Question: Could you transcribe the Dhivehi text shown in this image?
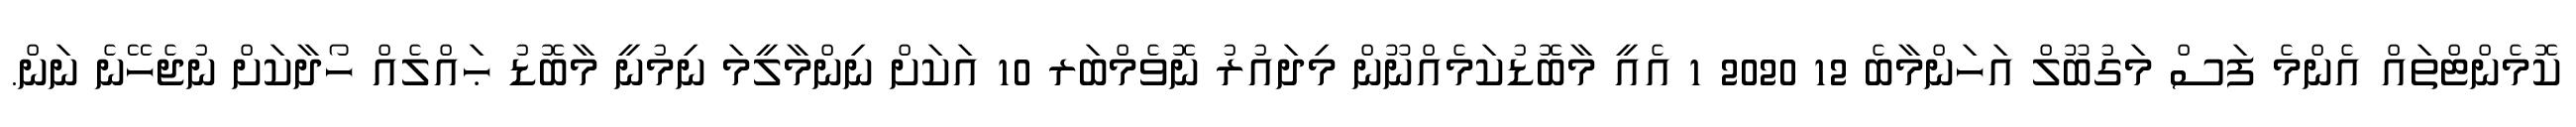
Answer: ކޮމެންޓްތައް އެންމެ ފަސް މަގުބޫލް އަހަންމާބެ 12 2020 1 އެއީ މާބޮޑުކަމެއްނޫން މިދައުރު ނޮވެމްބަރ 10 އަކަށް ނިންމާލީމަ ނިމުނީ މާބޮޑު ޙައްލެއް ހޯދާކަށް ނުޖެހޭނެ ނަން.